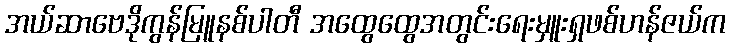
အယ်ဆာဗေဒိုကွန်မြူနစ်ပါတီ အထွေထွေအတွင်းရေးမှူးရှဖစ်ဟန်ဇယ်က